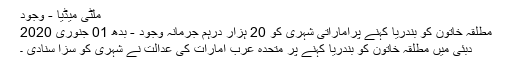
ملٹی میڈیا - وجود
مطلقہ خاتون کو بندریا کہنے پراماراتی شہری کو 20 ہزار درہم جرمانہ وجود - بدھ 01 جنوری 2020
دبئی میں مطلقہ خاتون کو بندریا کہنے پر متحدہ عرب امارات کی عدالت نے شہری کو سزا سنادی ۔